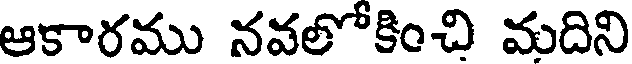
ఆకారము నవలోకించి మదిని